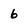
Character: 6